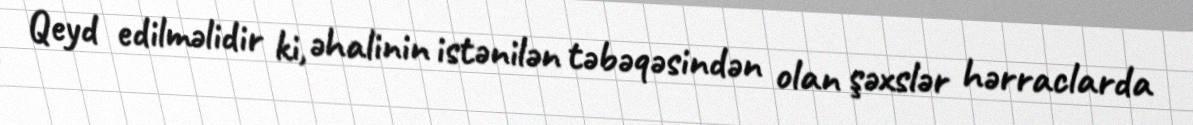
Qeyd edilməlidir ki, əhalinin istənilən təbəqəsindən olan şəxslər hərraclarda